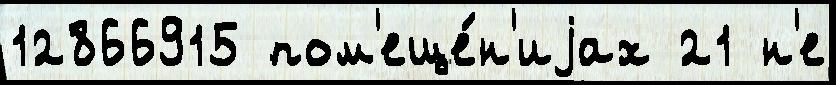
12866915 пом'еще́н'иjах 21 н'е